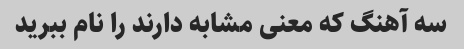
سه آهنگ که معنی مشابه دارند را نام ببرید